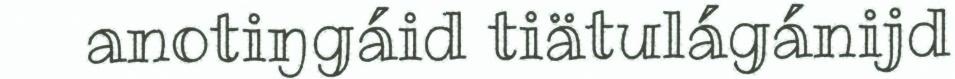
anotiŋgáid tiätulágánijd